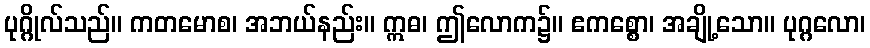
ပုဂ္ဂိုလ်သည်။ ကတမောစ၊ အဘယ်နည်း။ ဣဓ၊ ဤလောက၌။ ဧကစ္စော၊ အချို့သော။ ပုဂ္ဂလော၊